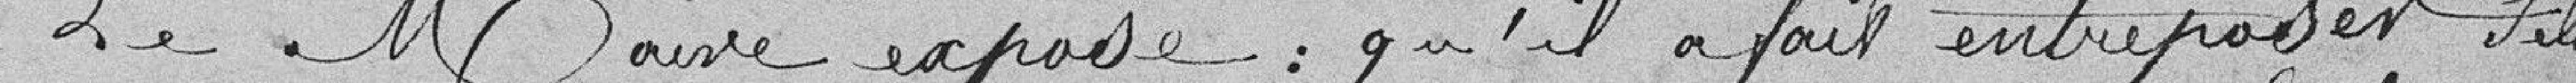
Le Maire expose qu'il a fait entreposer tels